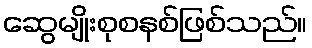
ဆွေမျိုးစုစနစ်ဖြစ်သည်။